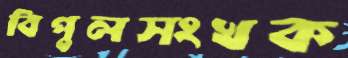
বিপুলসংখক